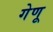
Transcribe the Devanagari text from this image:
गेणू